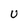
Character: U